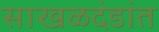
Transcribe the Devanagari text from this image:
साखळदंडांत